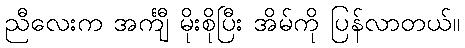
ညီလေးက အင်္ကျီ မိုးစိုပြီး အိမ်ကို ပြန်လာတယ်။